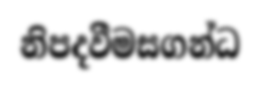
නිපදවීමසගන්ධ